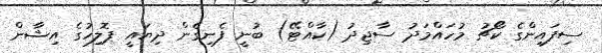
ސިފައިންގެ ކޯޗު މުހައްމަދު ސާޖިދު (ކާއްޓޭ) ބުނީ ފެނިގެން ދިޔައީ ޕޮލިހުގެ އިޝާން